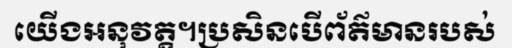
យើងអនុវត្ត។ប្រសិនបើព័ត៌មានរបស់